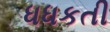
ધધકતી